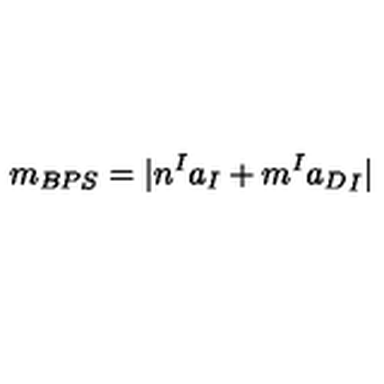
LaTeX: m _ { B P S } = | n ^ { I } a _ { I } + m ^ { I } { a _ { D } } _ { I } |